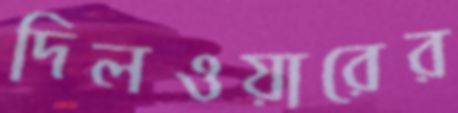
দিলওয়ারের